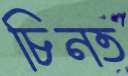
চিনত